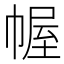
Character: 幄